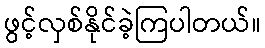
ဖွင့်လှစ်နိုင်ခဲ့ကြပါတယ်။